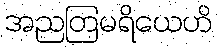
အညတြမရိယေဟိ